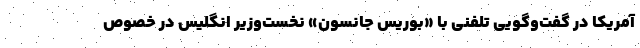
آمریکا در گفت‌وگویی تلفنی با «بوریس جانسون» نخست‌وزیر انگلیس در خصوص